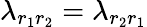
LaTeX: \lambda_{r_{1}r_{2}}=\lambda_{r_{2}r_{1}}